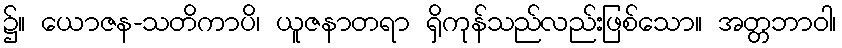
၌။ ယောဇန-သတိကာပိ၊ ယူဇနာတရာ ရှိကုန်သည်လည်းဖြစ်သော။ အတ္တဘာဝါ၊